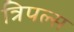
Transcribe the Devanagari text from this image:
त्रिपल्स